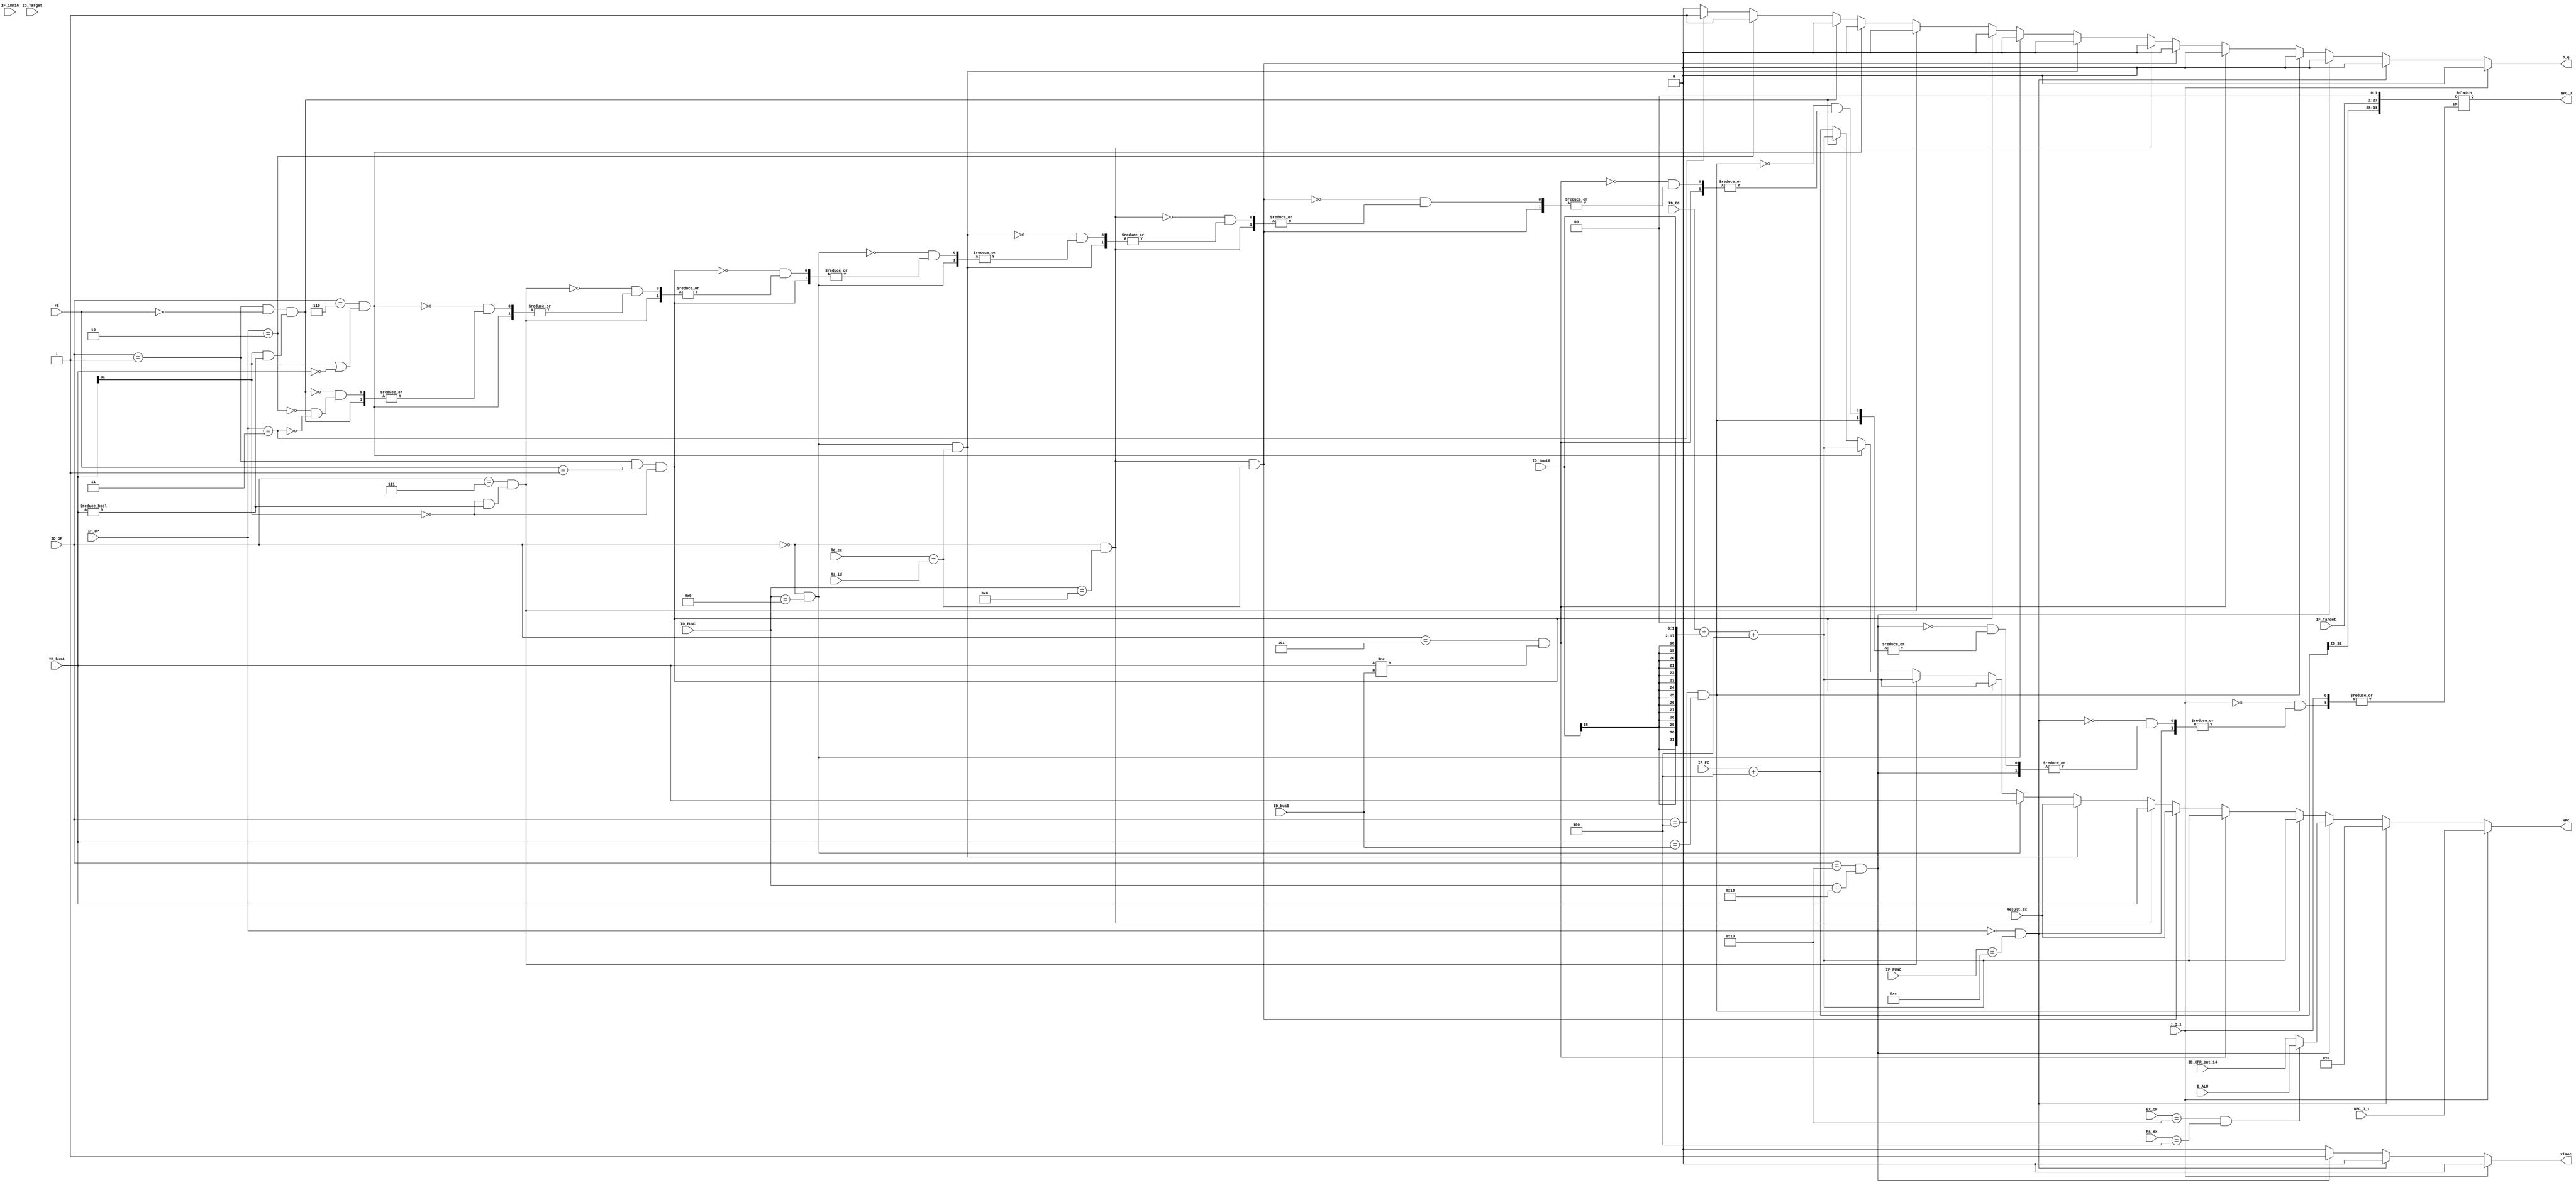
module NPC_P(   //delay slot 45
input [31:0] ID_CPR_out_14,
input [4:0] Rd_ex,
input [4:0] Rs_id,
input [31:0] Result_ex,

input [31:0]ID_PC,
input [31:0] IF_PC,
// input [31:0] IF_inst,
// input [31:0] ID_inst,
input [31:0] ID_busA,
input [31:0] ID_busB,

input  J_Q_1, // J,JAL delay slot inst
input [31:0] NPC_J_1,// last branch/jump inst


input [31:0] B_ALU,

input [5:0] EX_OP,
input  [4:0] Rs_ex,
input [5:0] IF_FUNC,
input [5:0] ID_FUNC,
input  [15:0] ID_imm16,
input [15:0] IF_imm16,
input [25:0] ID_Target,
input [25:0] IF_Target,
input [5:0] ID_OP,
input [5:0] IF_OP,
input [4:0] rt,                  ////Rt_id

output reg [31:0] NPC,
output reg [31:0] NPC_J,
output reg xiaoc,
output reg J_Q
);

// wire [4:0]rt;
// assign rt=ID_inst[20:16];

wire[31:0] ID_imm32,IF_imm32;



assign ID_imm32={{14{ID_imm16[15]}},ID_imm16,2'b00};  //Branch 
assign IF_imm32={{14{IF_imm16[15]}},IF_imm16,2'b00};

wire [31:0] ID_BNC,IF_BNC,ID_JNC,IF_JNC;

wire [31:0] ID_PC_4,IF_PC_4;
assign ID_PC_4=ID_PC+4;
assign IF_PC_4=IF_PC+4;

// assign ID_FUNC=ID_inst[5:0];

assign ID_BNC=ID_PC+ID_imm32+4;
assign IF_BNC=IF_PC+IF_imm32;
assign ID_JNC={ID_PC_4[31:28],ID_Target,2'b00};
assign IF_JNC={IF_PC_4[31:28],IF_Target,2'b00};

always @(*)
begin
    if(J_Q_1)
    begin
        NPC<=NPC_J_1;
        J_Q<=0;
        xiaoc<=0;
    end
    else 
    begin
        

    if(IF_OP==6'b000000 && IF_FUNC==6'b001100)  //SYSCALL
    begin
        NPC<=0;
        J_Q<=0;
       xiaoc<=0;
    end
    else if(ID_OP==6'b010000&&ID_FUNC==6'b011000)  //ERET
    begin
        if(EX_OP==6'b010000 && Rs_ex==5'b00100)
        NPC<=B_ALU;
        else NPC<=ID_CPR_out_14;

        J_Q<=0;    
        xiaoc<=1;                              //
    end
    else if((ID_OP==6'b000100)&&(ID_busA==ID_busB))  //BEQ
    begin
     NPC<=ID_BNC;
     J_Q<=0;
     xiaoc<=0;
    end
     else if((ID_OP==6'b000101)&&(ID_busA!=ID_busB))//BNE
     begin
     NPC<=ID_BNC;
     J_Q<=0;
     xiaoc<=0;
     end
     else if((ID_OP==6'b000000)&&(ID_FUNC==6'b001000)&&(Rd_ex==Rs_id)) //JR  
     begin
     NPC<=Result_ex;
     J_Q<=0;
     xiaoc<=0;
     end
     else if((ID_OP==6'b000000)&&ID_FUNC==6'b001000)
     begin
     NPC<=ID_busA;   //JR
     J_Q=0;
     xiaoc<=0;
     end
     else if((ID_OP==6'b000000)&&(ID_FUNC==6'b001001)&&(Rd_ex==Rs_id)) //JALR  
     begin
     NPC<=Result_ex;
     J_Q<=0;
     xiaoc<=0;
     end
      else if((ID_OP==6'b000000)&&(ID_FUNC==6'b001001)) //JALR
     begin
     NPC<=ID_busA;
     J_Q<=0;
     xiaoc<=0;
     end
     else if((ID_OP==6'b000001)&&(rt==5'b00001)&&(ID_busA[31]!=1))  //bgez
     begin
     NPC<=ID_BNC;
     J_Q<=0;
     xiaoc<=0;
     end
     else if((ID_OP==6'b000111)&&((ID_busA[31]==0)&&(ID_busA!=0)))  // bgtz
     begin
     NPC<=ID_BNC;
     J_Q<=0;
     xiaoc<=0;
     end
     else if((ID_OP==6'b000110)&&((ID_busA[31]==1)|(ID_busA==0)))  //blez
     begin
     NPC<=ID_BNC;
     J_Q<=0;
     xiaoc<=0;
     end
     else if((ID_OP==6'b000001)&&(rt==5'b00000)&&((ID_busA[31]==1)&&(ID_busA!=0)))//bltz  0
     begin
     NPC<=ID_BNC;
     J_Q<=0;
     xiaoc<=0;
     end
     else if((IF_OP==6'b000010))  //j
     begin
     NPC<=IF_PC+4;
     NPC_J<=IF_JNC;
     J_Q<=1;
     xiaoc<=0;
     end 
     else if((IF_OP==6'b000011))  //jal
     begin
        NPC<=IF_PC+4;
     NPC_J<=IF_JNC;   //
         J_Q<=1;
         xiaoc<=0;
     end
     else begin 
     NPC<=IF_PC+4; //
     J_Q<=0;
     xiaoc<=0;
     end

    end
     
end
initial 
     NPC_J<=0;
initial 
     J_Q<=0;
initial 
     xiaoc<=0;
endmodule